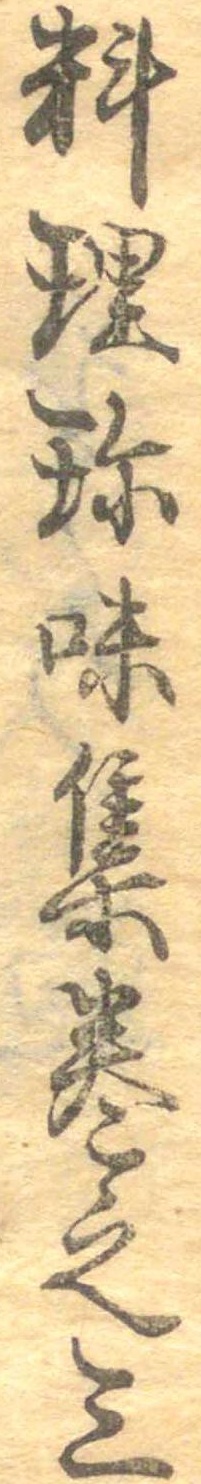
料理珍味集巻之三